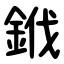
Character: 䤦